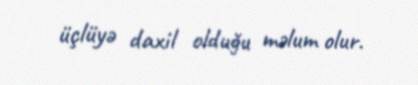
üçlüyə daxil olduğu məlum olur.